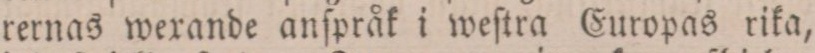
rernas wexande anſpråk i weſtra Europas rika,